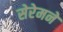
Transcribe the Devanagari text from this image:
सेरेमने